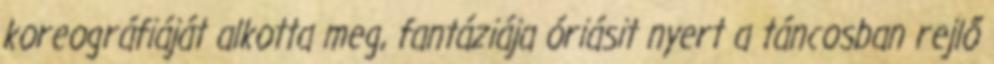
koreográfiáját alkotta meg, fantáziája óriásit nyert a táncosban rejlő